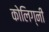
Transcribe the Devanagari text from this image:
कोलिग्नी